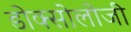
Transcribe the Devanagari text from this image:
डोक्सोलोजी